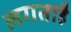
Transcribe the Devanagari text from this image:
लगताहै